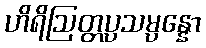
ဟိရိဩတ္တပ္ပသမ္ပန္နော